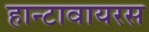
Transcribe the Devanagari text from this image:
हान्टावायरस